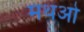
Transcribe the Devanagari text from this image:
मथओ